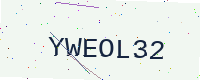
Text: YWEOL32